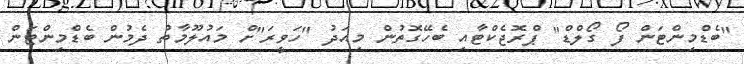
"ބެޑްމިންޓަން ފޯ ގޯލްޑް" ޕްރޮޖެކްޓާއި ބެހޭގޮތުން މިއަދު "ހަވީރަ"ށް މައުލޫމާތު ދެމުން ބެޑްމިންޓަން